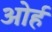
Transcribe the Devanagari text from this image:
ओर्ह